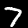
Digit: 7